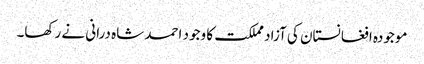
موجودہ افغانستان کی آزاد مملکت کا وجود احمد شاہ درانی نے رکھا۔